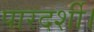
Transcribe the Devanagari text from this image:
पारदर्शी।